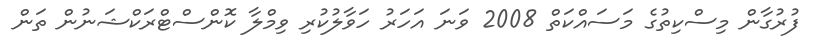
ފުރުގާން މިސްކިތުގެ މަސައްކަތް 2008 ވަނަ އަހަރު ހަވާލުކުރި ވިމްލާ ކޮންސްޓްރަކްޝަނުން ތަން